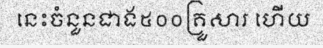
នេះចំនួនជាង៥០០គ្រួសារ ហើយ